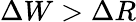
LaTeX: \Delta W>\Delta R